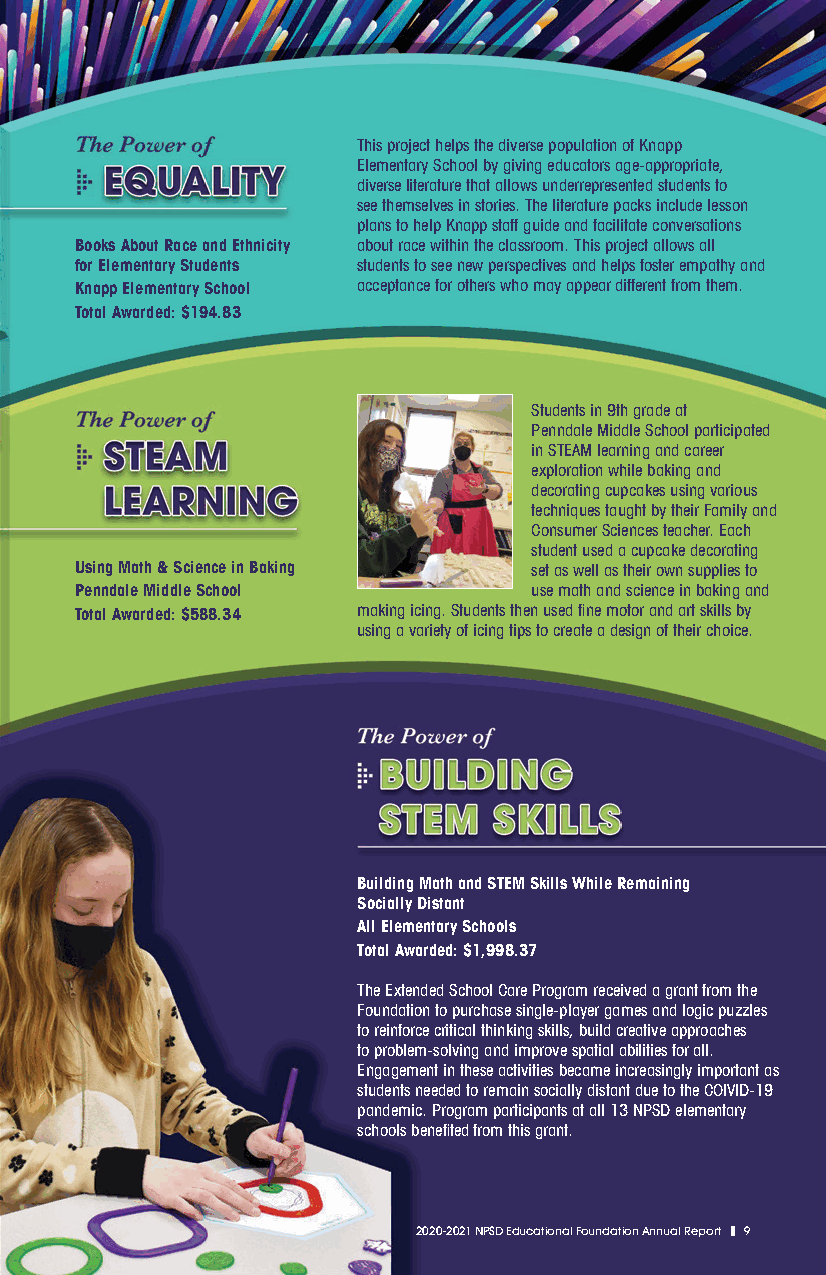
This project helps the diverse population of Knapp
 Elementary School by giving educators age-appropriate,
 diverse literature that allows underrepresented students to
 see themselves in stories. The literature packs include lesson
 plans to help Knapp staff guide and facilitate conversations
 Books About Race and Ethnicity about race within the classroom. This project allows all
 for Elementary Students students to see new perspectives and helps foster empathy and
 Knapp Elementary School acceptance for others who may appear different from them.
 Total Awarded: $194.83
 Students in 9th grade at
 Penndale Middle School participated
 in STEAM learning and career
 exploration while baking and
 decorating cupcakes using various
 techniques taught by their Family and
 Consumer Sciences teacher. Each
 student used a cupcake decorating
 Using Math & Science in Baking set as well as their own supplies to
 Penndale Middle School        use math and science in baking and
 Total Awarded: $588.34 making icing. Students then used fine motor and art skills by
 using a variety of icing tips to create a design of their choice.
 Building Math and STEM Skills While Remaining
 Socially Distant
 All Elementary Schools
 Total Awarded: $1,998.37
 The Extended School Care Program received a grant from the
 Foundation to purchase single-player games and logic puzzles
 to reinforce critical thinking skills, build creative approaches
 to problem-solving and improve spatial abilities for all.
 Engagement in these activities became increasingly important as
 students needed to remain socially distant due to the COIVID-19
 pandemic. Program participants at all 13 NPSD elementary
 schools benefited from this grant.
 22002200--22002211 NNPPSSDD EEdduuccaattiioonnaall FFoouunnddaattiioonn AAnnnnuuaall RReeppoorrtt ||99